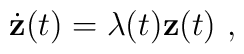
\dot{\bf z}(t)=\lambda (t){\bf z}(t)\ ,